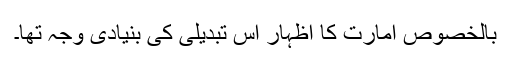
بالخصوص امارت کا اظہار اس تبدیلی کی بنیادی وجہ تھا۔